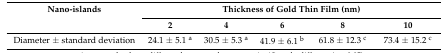
<table><thead><tr><td><b>Nano-islands</b></td><td colspan="5"><b>Thickness of Gold Thin Film (nm)</b></td></tr><tr><td></td><td><b>2</b></td><td><b>4</b></td><td><b>6</b></td><td><b>8</b></td><td><b>10</b></td></tr></thead><tbody><tr><td>Diameter ± standard deviation</td><td>24.1 ± 5.1 <sup>a</sup></td><td>30.5 ± 5.3 <sup>a</sup></td><td>41.9 ± 6.1 <sup>b</sup></td><td>61.8 ± 12.3 <sup>c</sup></td><td>73.4 ± 15.2 <sup>c</sup></td></tr></tbody></table>